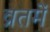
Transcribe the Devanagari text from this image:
व्रतमें